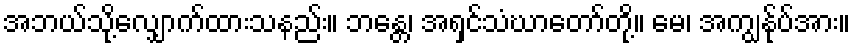
အဘယ်သို့လျှောက်ထားသနည်း။ ဘန္တေ၊ အရှင်သံဃာတော်တို့။ မေ၊ အကျွန်ုပ်အား။